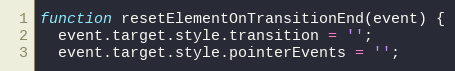
Language: JavaScript
function resetElementOnTransitionEnd(event) {
  event.target.style.transition = '';
  event.target.style.pointerEvents = '';